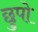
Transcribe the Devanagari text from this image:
छुपो